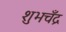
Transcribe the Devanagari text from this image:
शुभचँद्र